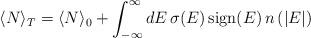
LaTeX: \begin{align*}\langle N\rangle _T=\langle N\rangle _0 +\int_{-\infty}^{\infty}dE \,\sigma (E) \,\textrm{sign}(E)\, n\,(|E|)\quad \end{align*}